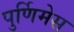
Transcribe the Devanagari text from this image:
पुर्णिमेस